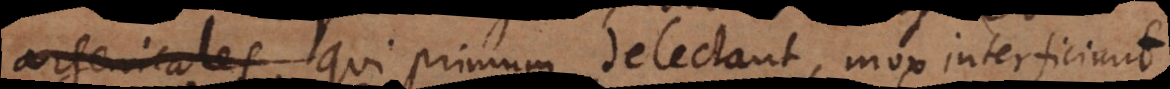
i, qui primum delectant, mox interficiunt.